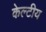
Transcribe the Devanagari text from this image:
केल्टीय